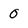
Character: 0